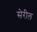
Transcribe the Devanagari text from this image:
सेरील